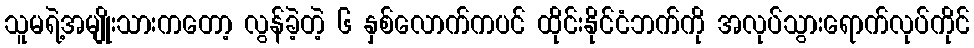
သူမရဲ့အမျိုးသားကတော့ လွန်ခဲ့တဲ့ ၆ နှစ်လောက်ကပင် ထိုင်းနိုင်ငံဘက်ကို အလုပ်သွားရောက်လုပ်ကိုင်